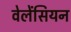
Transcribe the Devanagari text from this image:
वेलेंसियन